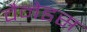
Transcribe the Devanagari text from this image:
वैनेडस